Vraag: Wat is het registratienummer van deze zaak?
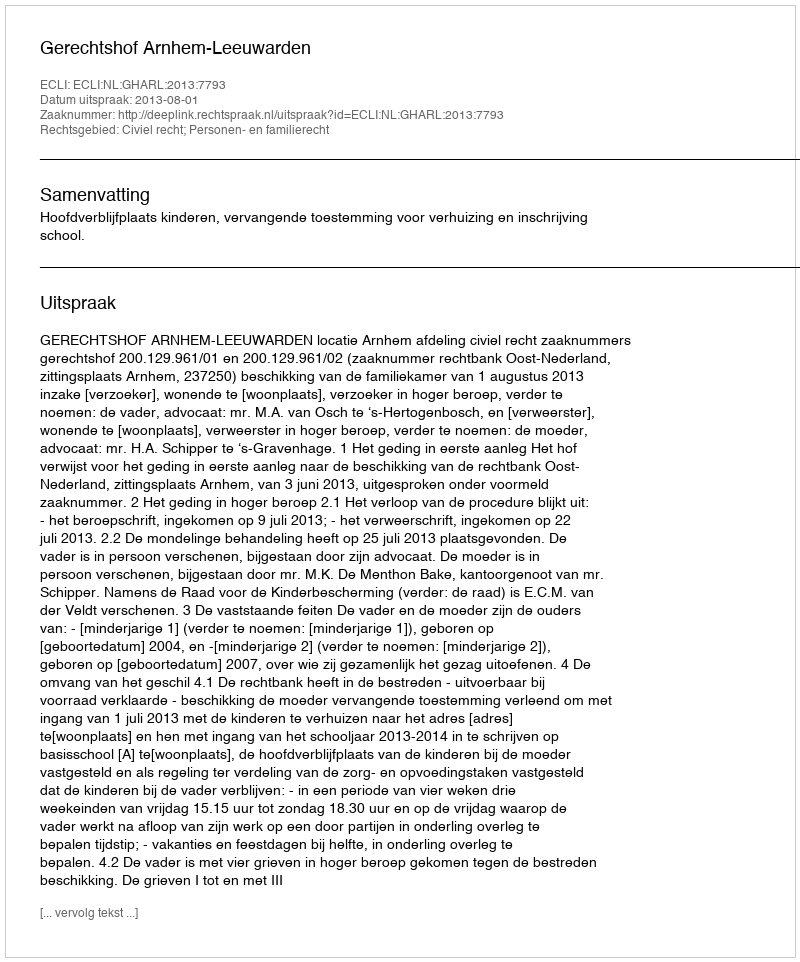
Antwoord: http://deeplink.rechtspraak.nl/uitspraak?id=ECLI:NL:GHARL:2013:7793